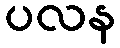
ပလန